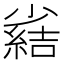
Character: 𫵊